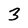
Character: 3